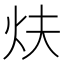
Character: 𤆮